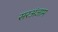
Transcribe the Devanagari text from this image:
सरअंजाम